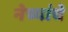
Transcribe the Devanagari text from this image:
नेच्यांचे